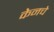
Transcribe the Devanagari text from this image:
केनचे